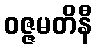
ဝဇ္ဇမတိနီ